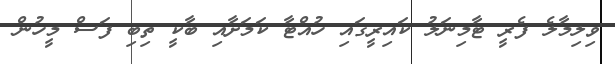
ވިލިމާލެ ފެރީ ޓާމިނަލު ކައިރީގައި ހުއްޓާ ކަމަށާއި ބާކީ ތިބި ފަސް މީހުން